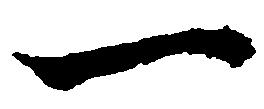
一